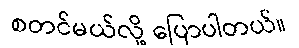
စတင်မယ်လို့ ပြောပါတယ်။